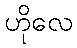
ဟိုလေ